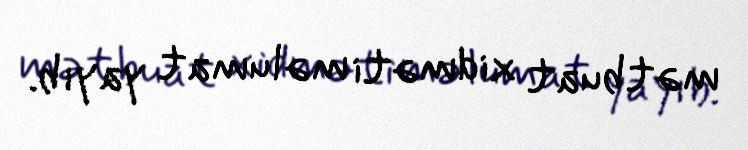
mətbuat xidməti məlumat yayıb.